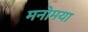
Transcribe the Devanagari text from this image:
मनोमया